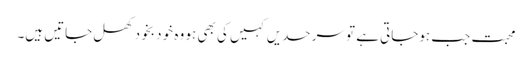
محبت جب ہوجاتی ہے تو سرحدیں کہیں کی بھی ہو وہ خو د بخود کھل جاتیں ہیں۔